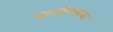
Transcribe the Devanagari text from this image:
कालविषयाला